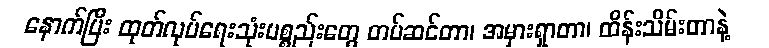
နောက်ပြီး ထုတ်လုပ်ရေးသုံးပစ္စည်းတွေ တပ်ဆင်တာ၊ အမှားရှာတာ၊ ထိန်းသိမ်းတာနဲ့